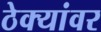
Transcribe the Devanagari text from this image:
ठेक्यांवर